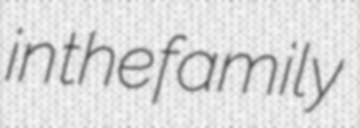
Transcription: in the family